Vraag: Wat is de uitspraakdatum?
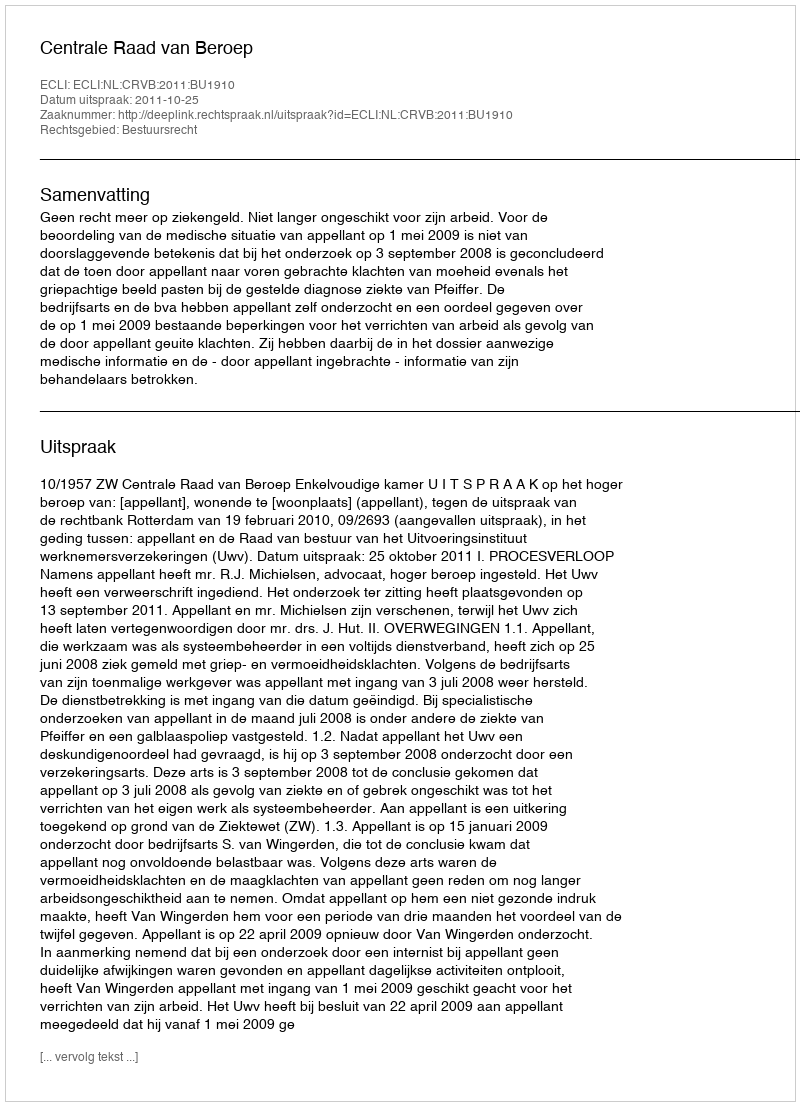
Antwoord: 2011-10-25